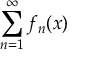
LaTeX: \sum _ { n = 1 } ^ { \infty } f _ { n } ( x )